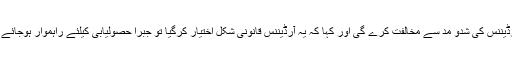
فروری (سیاست ڈاٹ کام) کانگریس مجوزہ پارلیمنٹ کے اجلاس میں حصول اراضیات آرڈیننس کی شدو مد سے مخالفت کرے گی اور کہا کہ یہ آرڈیننس قانونی شکل اختیار کرگیا تو جبراً حصولیابی کیلئے راہموار ہوجائے گی جس کے نتیجہ میں کسانوں اور کھیت مزدوروں کے مفادات ضرب کاری پڑے گی ۔